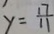
y = \frac { 1 7 } { 1 1 }